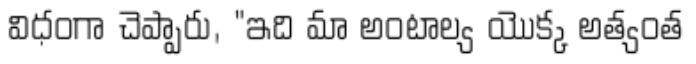
విధంగా చెప్పారు, "ఇది మా అంటాల్య యొక్క అత్యంత